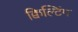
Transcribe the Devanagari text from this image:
क्विल्टिंग